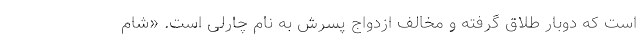
است که دوبار طلاق گرفته و مخالف ازدواج پسرش به نام چارلی است. «شام